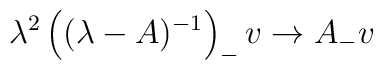
\lambda ^2\left( (\lambda -A)^{-1} \right) _- v  \to A_- v\,